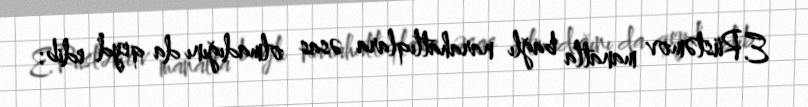
E.Rüstəmov manatla bağlı narahatlıqlara əsas olmadığını da qeyd edib: